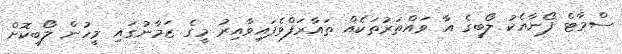
ސްމާޓް ފޯނާއެކު ލޯބީގެ އާ ވައްތަރުތަކެއް ތައާރަފްވެފައިވާއިރު މީގެ ޒަމާނުގައި މީހުން ލޯބިކޮށް